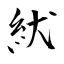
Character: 紎